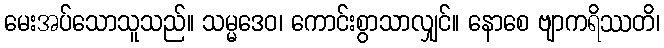
မေးအပ်သောသူသည်။ သမ္မဒေဝ၊ ကောင်းစွာသာလျှင်။ နောစေ ဗျာကရိဿတိ၊